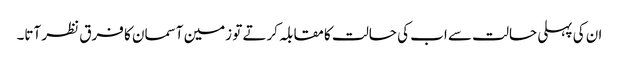
ان کی پہلی حالت سے اب کی حالت کا مقابلہ کرتے تو زمین آسمان کا فرق نظر آتا۔